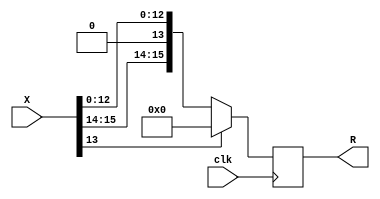
`timescale 1ns/1ps
module frelu
    #(parameter
        ID=1,
        WIDTH=16
    )(
    input wire clk,
    input wire[WIDTH-1:0] X,
    output reg[WIDTH-1:0] R
);
    always @(posedge clk) begin
        R <= (X[WIDTH-3] == 0) ? X:0;   //if the sign bit is high, send zero on the output else send the input
    end
endmodule